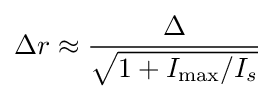
\Delta r\approx {\frac {\Delta }{\sqrt {1+I_{\max }/I_{s}}}}